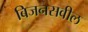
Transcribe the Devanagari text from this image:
बिजनसवील